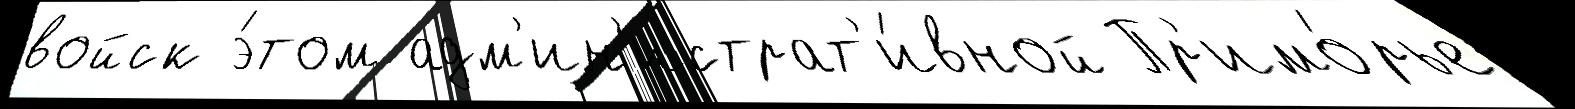
войск э́том адм'ин'истрат'и́вной Пр'имо́рье